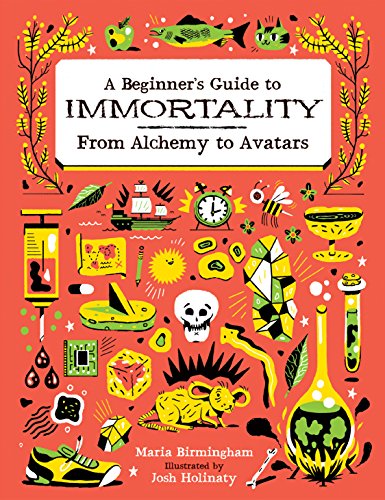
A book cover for A Beginner's Guide to Immortality: From Alchemy to Avatars; Maria Birmingham; Children's Books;